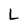
Character: L